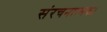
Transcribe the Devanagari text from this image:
संरचनात्मक।